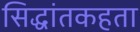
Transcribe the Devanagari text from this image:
सिद्धांतकहता